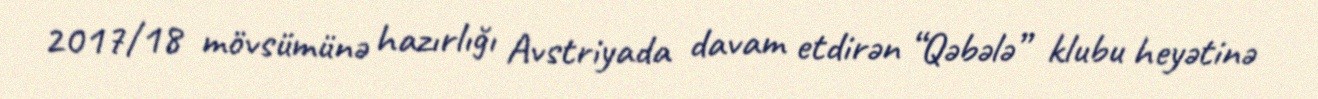
2017/18 mövsümünə hazırlığı Avstriyada davam etdirən “Qəbələ” klubu heyətinə